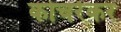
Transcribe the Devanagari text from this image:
कोचरेकर